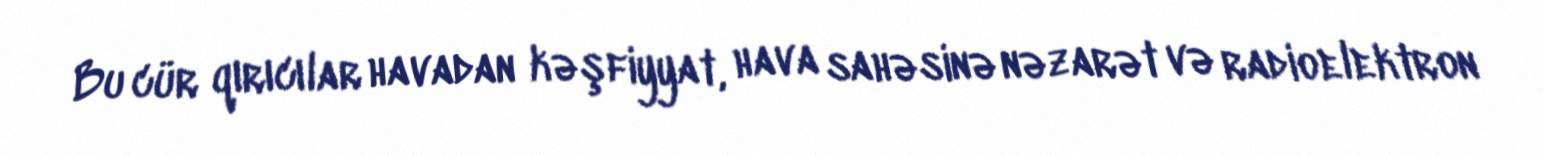
Bu cür qırıcılar havadan kəşfiyyat, hava sahəsinə nəzarət və radioelektron